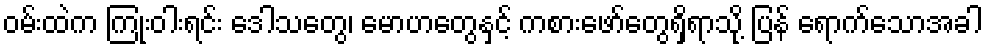
ဝမ်းထဲက ကြုံးဝါးရင်း ဒေါသတွေ၊ မောဟတွေနှင့် ကစားဖော်တွေရှိရာသို့ ပြန် ရောက်သောအခါ